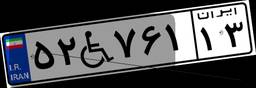
۵۲W۷۶۱۱۳